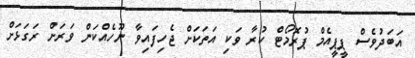
އަބަދުވެސް ޕީޕީއެމް ޕުރޮމޯޓް ކުރާ ވަކި އަތަކަށް ޖެހިފައިވާ ނޫހެއްކަން ވަރަށް ރަގަޅަށް